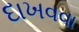
દાખવવા